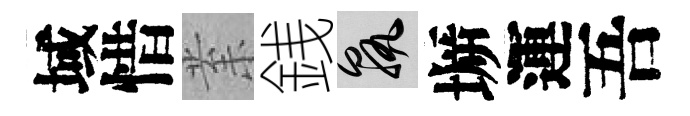
域惜𭪙銭孰󶱲運吾